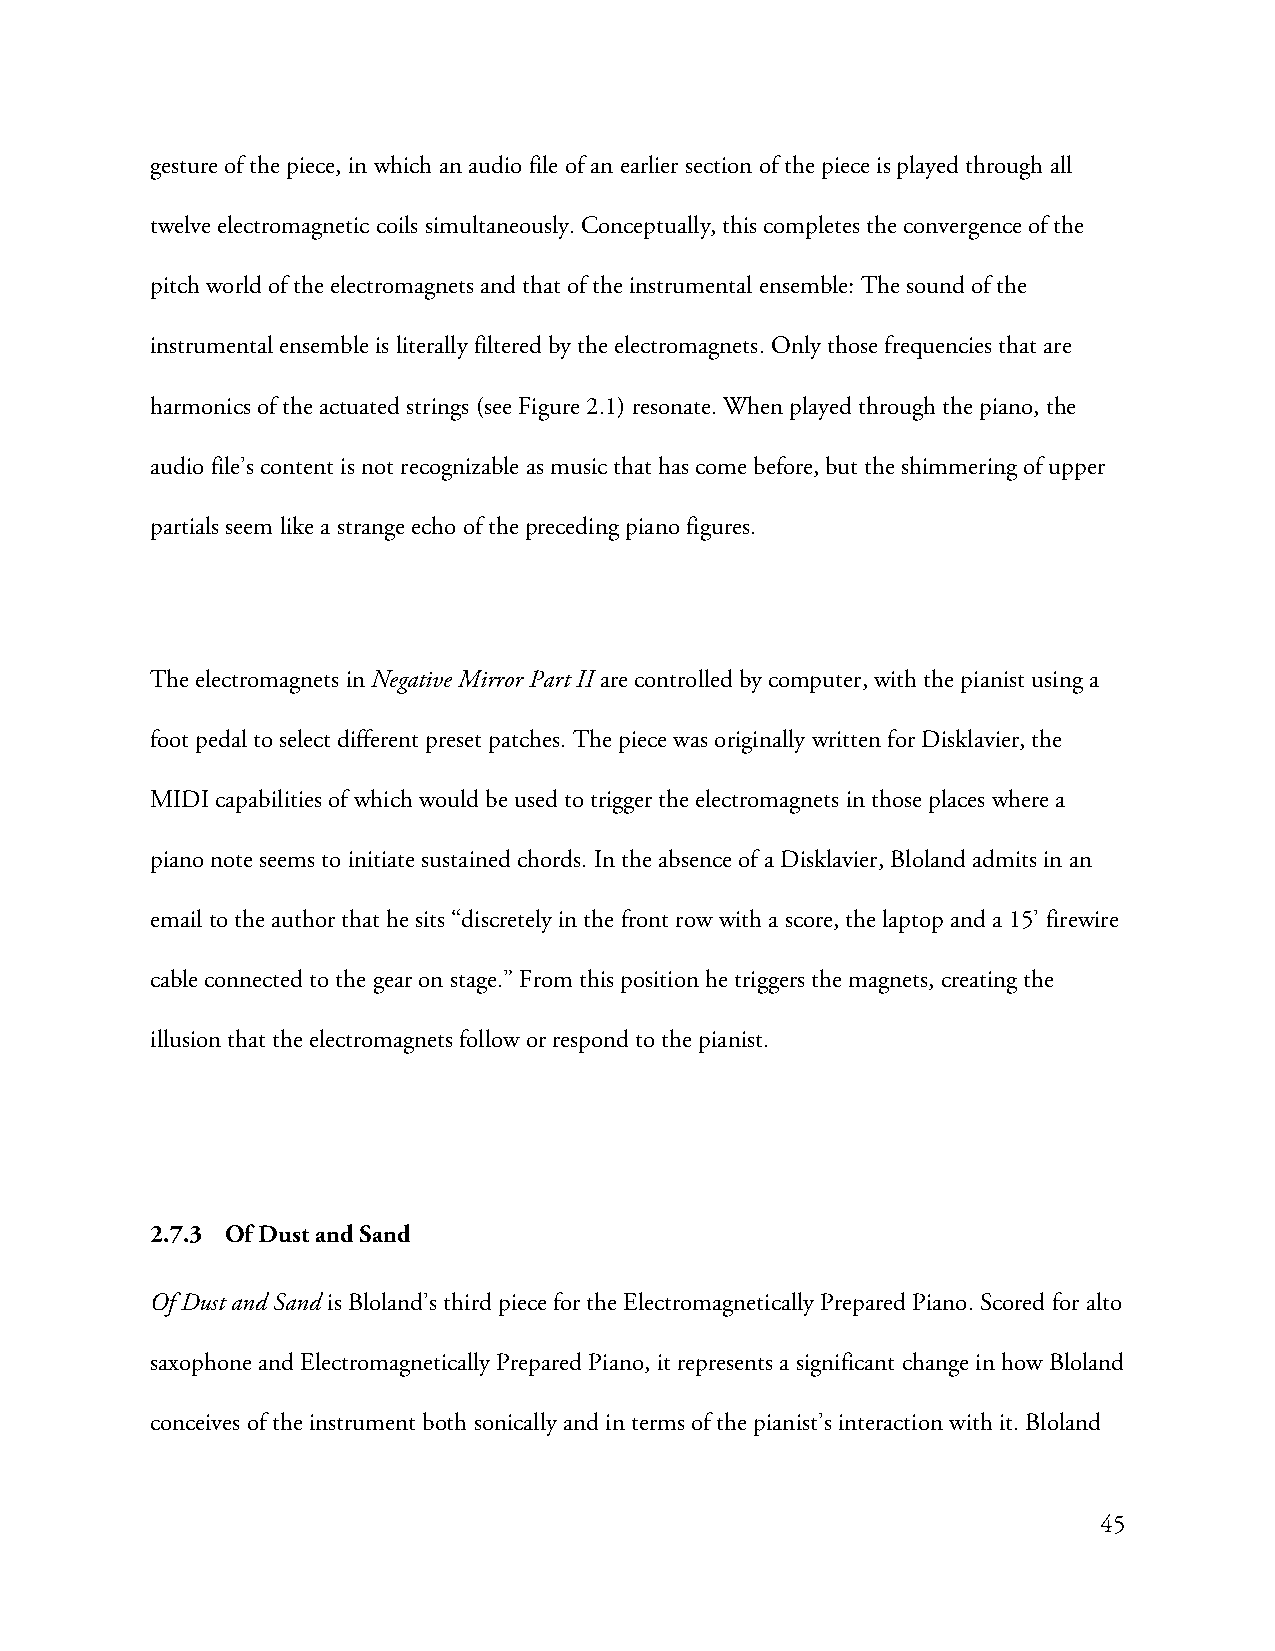
gesture of the piece, in which an audio file of an earlier section of the piece is played through all
 twelve electromagnetic coils simultaneously. Conceptually, this completes the convergence of the
 pitch world of the electromagnets and that of the instrumental ensemble: The sound of the
 instrumental ensemble is literally filtered by the electromagnets. Only those frequencies that are
 harmonics of the actuated strings (see Figure 2.1) resonate. When played through the piano, the
 audio file’s content is not recognizable as music that has come before, but the shimmering of upper
 partials seem like a strange echo of the preceding piano figures.
 The electromagnets in Negative Mirror Part II are controlled by computer, with the pianist using a
 foot pedal to select different preset patches. The piece was originally written for Disklavier, the
 MIDI capabilities of which would be used to trigger the electromagnets in those places where a
 piano note seems to initiate sustained chords. In the absence of a Disklavier, Bloland admits in an
 email to the author that he sits “discretely in the front row with a score, the laptop and a 15’ firewire
 cable connected to the gear on stage.” From this position he triggers the magnets, creating the
 illusion that the electromagnets follow or respond to the pianist.
 2.7.3 Of Dust and Sand
 Of Dust and Sand is Bloland’s third piece for the Electromagnetically Prepared Piano. Scored for alto
 saxophone and Electromagnetically Prepared Piano, it represents a significant change in how Bloland
 conceives of the instrument both sonically and in terms of the pianist’s interaction with it. Bloland
 45